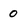
Character: 0